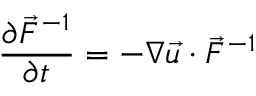
\frac { \partial \vec { F } ^ { - 1 } } { \partial t } = - \boldsymbol { \nabla } \vec { u } \cdot \vec { F } ^ { - 1 }